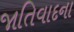
જાતિવાદના